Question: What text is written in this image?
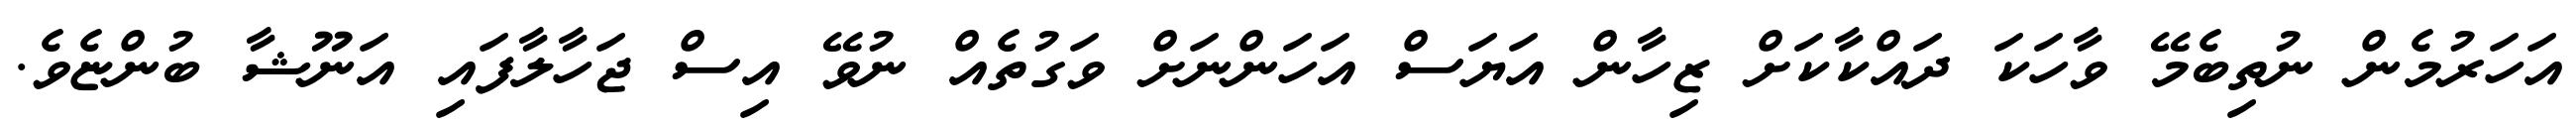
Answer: އަހަރުމެން ނުތިބެމޭ ވާހަކަ ދައްކާކަށް ޒިހާން އަޔަސް އަހަންނަށް ވަގުތެއް ނުވޭ އިސް ޖަހާލާފައި އަނޫޝާ ބުންޏެވެ.